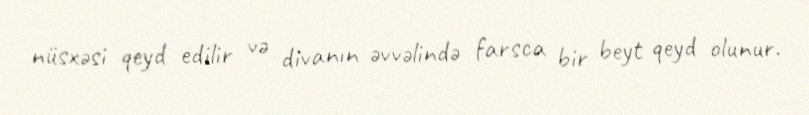
nüsxəsi qeyd edilir və divanın əvvəlində farsca bir beyt qeyd olunur.